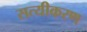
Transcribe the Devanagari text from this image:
सत्यीकरण